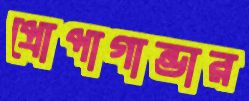
প্রোপাগান্ডার